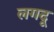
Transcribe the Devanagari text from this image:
लगदू